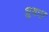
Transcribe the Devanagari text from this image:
ध्रुवः।।